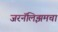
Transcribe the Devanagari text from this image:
जरनॅलिझमचा